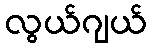
လွယ်ဂျယ်